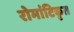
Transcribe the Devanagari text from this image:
रोमांटिकृत